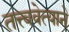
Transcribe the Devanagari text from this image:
तत्त्ववेत्याने